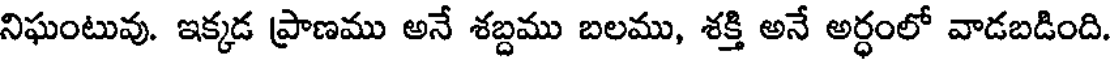
నిఘంటువు. ఇక్కడ ప్రాణము అనే శబ్దము బలము, శక్తి అనే అర్ధంలో వాడబడింది.